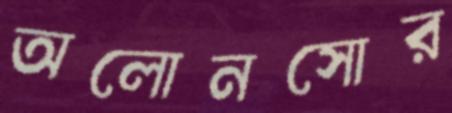
অলোনসোর